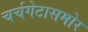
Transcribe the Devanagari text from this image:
चर्चगेटासमोर